Indian journal of veterinary science and animal husbandry - Volumes 15-17, 1948-1951
Year: 1948
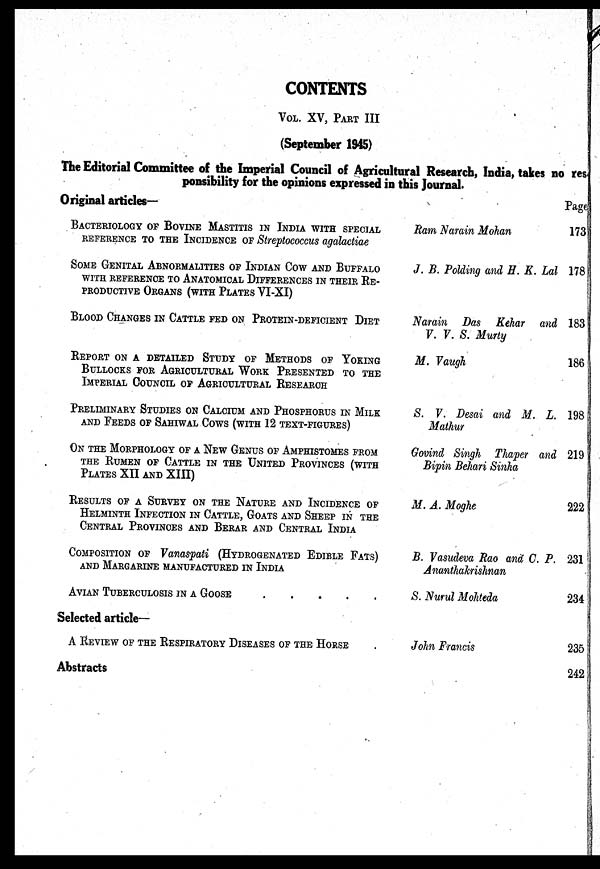
CONTENTS
VOL. XV, PART III
(September 1945)
The Editorial Committee of the Imperial Council of Agricultural Research, India, takes no res
ponsibility for the opinions expressed in this Journal.
Original articles—
BACTERIOLOGY OF BOVINE MASTITIS IN INDIA WITH SPECIAL
REFERENCE TO THE INCIDENCE OF Streptococcus agalactiae
SOME GENITAL ABNORMALITIES OF INDIAN COW AND BUFFALO
WITH REFERENCE TO ANATOMICAL DIFFERENCES IN THEIR RE-
PRODUCTIVE ORGANS (WITH PLATES VI-XI)
BLOOD CHANGES IN CATTLE FED ON PROTEIN-DEFICIENT DIET
REPORT ON A DETAILED STUDY OF METHODS OF YOKING
BULLOCKS FOR AGRICULTURAL WORK PRESENTED TO THE
IMPERIAL COUNCIL OF AGRICULTURAL RESEARCH
PRELIMINARY STUDIES ON CALCIUM AND PHOSPHORUS IN MILK
AND FEEDS OF SAHIWAL COWS (WITH 12 TEXT-FIGURES)
ON THE MORPHOLOGY OF A NEW GENUS OF AMPHISTOMES FROM
THE RUMEN OF CATTLE IN THE UNITED PROVINCES (WITH
PLATES XII AND XIII)
RESULTS OF A SURVEY ON THE NATURE AND INCIDENCE OF
HELMINTH INFECTION IN CATTLE, GOATS AND SHEEP IN THE
CENTRAL PROVINCES AND BERAR AND CENTRAL INDIA
COMPOSITION OF Vanaspati (HYDROGENATED EDIBLE FATS)
AND MARGARINE MANUFACTURED IN INDIA
AVIAN TUBERCULOSIS IN A GOOSE . . . . .
Selected article—
A REVIEW OF THE RESPIRATORY DISEASES OF THE HORSE . .
Abstracts
Ram Narain Mohan
J. B. Polding and H. K. Lal
Narain Das Kehar and
V. V. S. Murty
M. Vaugh
S. V. Desai and M. L.
Mathur
Govind Singh Thaper and
Bipin Behari Sinha
M. A. Moghe
B. Vasudeva Rao and C. P.
Ananthakrishnan
S. Nurul Mohteda
John Francis
Page
173
178
183
186
198
219
222
231
234
235
242